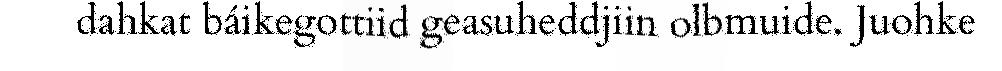
dahkat báikegottiid geasuheddjiin olbmuide. Juohke